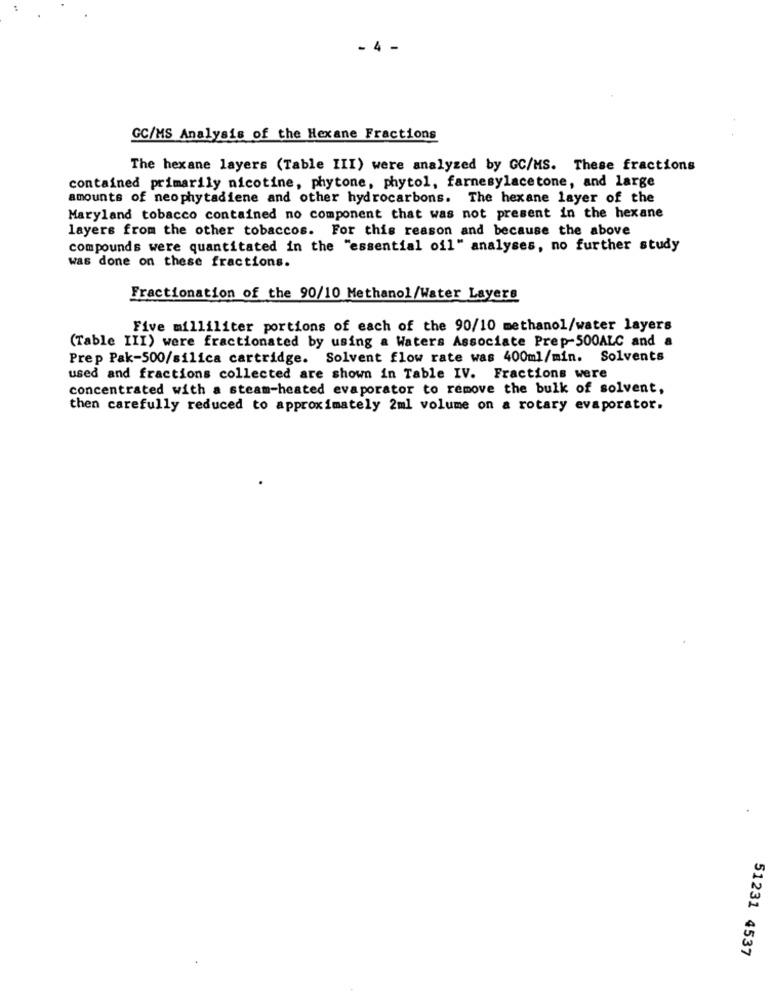
4.
GC/MS Analysis of the Hexane Fractions
The hexane layers (Table III) were analyzed by GC/MS. These fractions
contained primarily nicotine, phytone, phytol, farnesylacetone, and large
amounts of neophytadiene and other hydrocarbons. The hexane layer of the
Maryland tobacco contained no component that was not present in the hexane
layers from the other tobaccos. For this reason and because the above
compounds were quantitated in the "essential oil" analyses, no further study
was done on these fractions.
Fractionation of the 90/10 Methanol/Water Layers
Five milliliter portions of each of the 90/10 methanol/water layers
(Table III) were fractionated by using a Waters Associate Prep-500ALC and a
Prep Pak-500/silica cartridge. Solvent flow rate was 400ml/min. Solvents
used and fractions collected are shown in Table IV. Fractions were
concentrated with a steam-heated evaporator to remove the bulk of solvent,
then carefully reduced to approximately 2ml volume on a rotary evaporator.
51231 4537